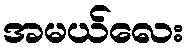
အမယ်လေး